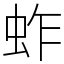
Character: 蚱